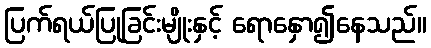
ပြက်ရယ်ပြုခြင်းမျိုးနှင့် ရောနှော၍နေသည်။